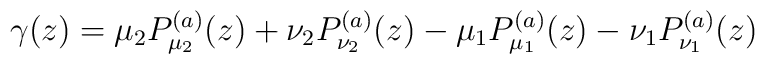
\gamma(z)=\mu_2 P_{\mu_2}^{(a)}(z)+ \nu_2 P_{\nu_2}^{(a)}(z)-\mu_1 P_{\mu_1}^{(a)}(z)-\nu_1 P_{\nu_1}^{(a)}(z)